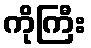
ကိုကြီး